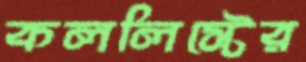
কললিস্টের